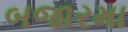
બજારમા